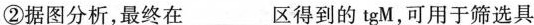
②据图分析，最终在______区得到的tgM，可用于筛选具